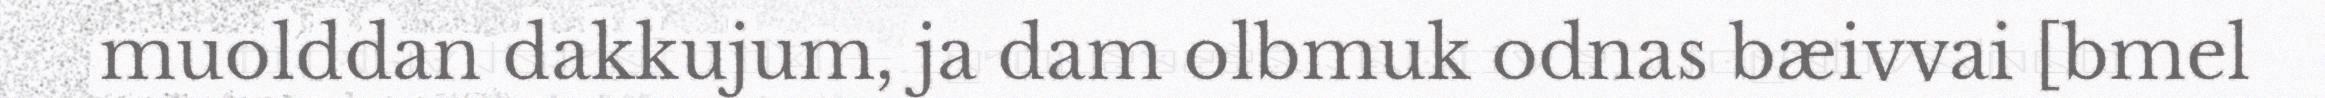
muolddan dakkujum, ja dam olbmuk odnas bæivvai [bmel